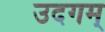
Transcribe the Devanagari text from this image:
उदगम्